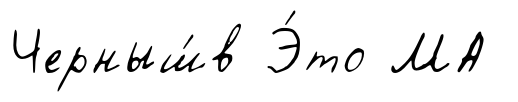
Черныш́в Э́то МА